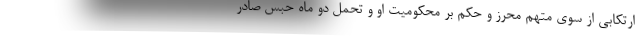
ارتکابی از سوی متهم محرز و حکم بر محکومیت او و تحمل دو ماه حبس صادر